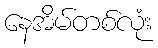
နေအိမ်တစ်လုံး